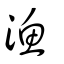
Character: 漁